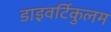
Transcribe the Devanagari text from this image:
डाइवर्टिकुलम